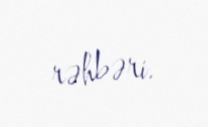
rəhbəri.